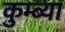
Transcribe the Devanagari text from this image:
कुम्ब्या